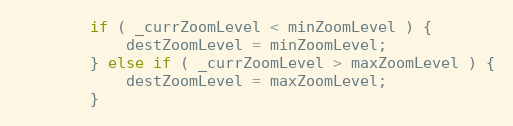
Language: JavaScript
		if ( _currZoomLevel < minZoomLevel ) {
			destZoomLevel = minZoomLevel;
		} else if ( _currZoomLevel > maxZoomLevel ) {
			destZoomLevel = maxZoomLevel;
		}